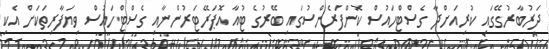
ދަރުބާރުގޭގައި ކުރިއަށްދާ ގެސްޓްހައުސް ކޮންފަރެންސުގައި ބޭރުގެ ޓުއާ އޮޕަރޭޓަރުންނާއި ގެސްޓްހައުސް ވިޔަފާރިތަކަށް އެކި